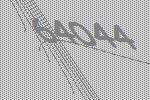
64044